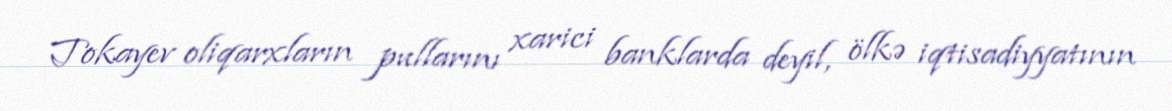
Tokayev oliqarxların pullarını xarici banklarda deyil, ölkə iqtisadiyyatının